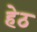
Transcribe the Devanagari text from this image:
हेठ